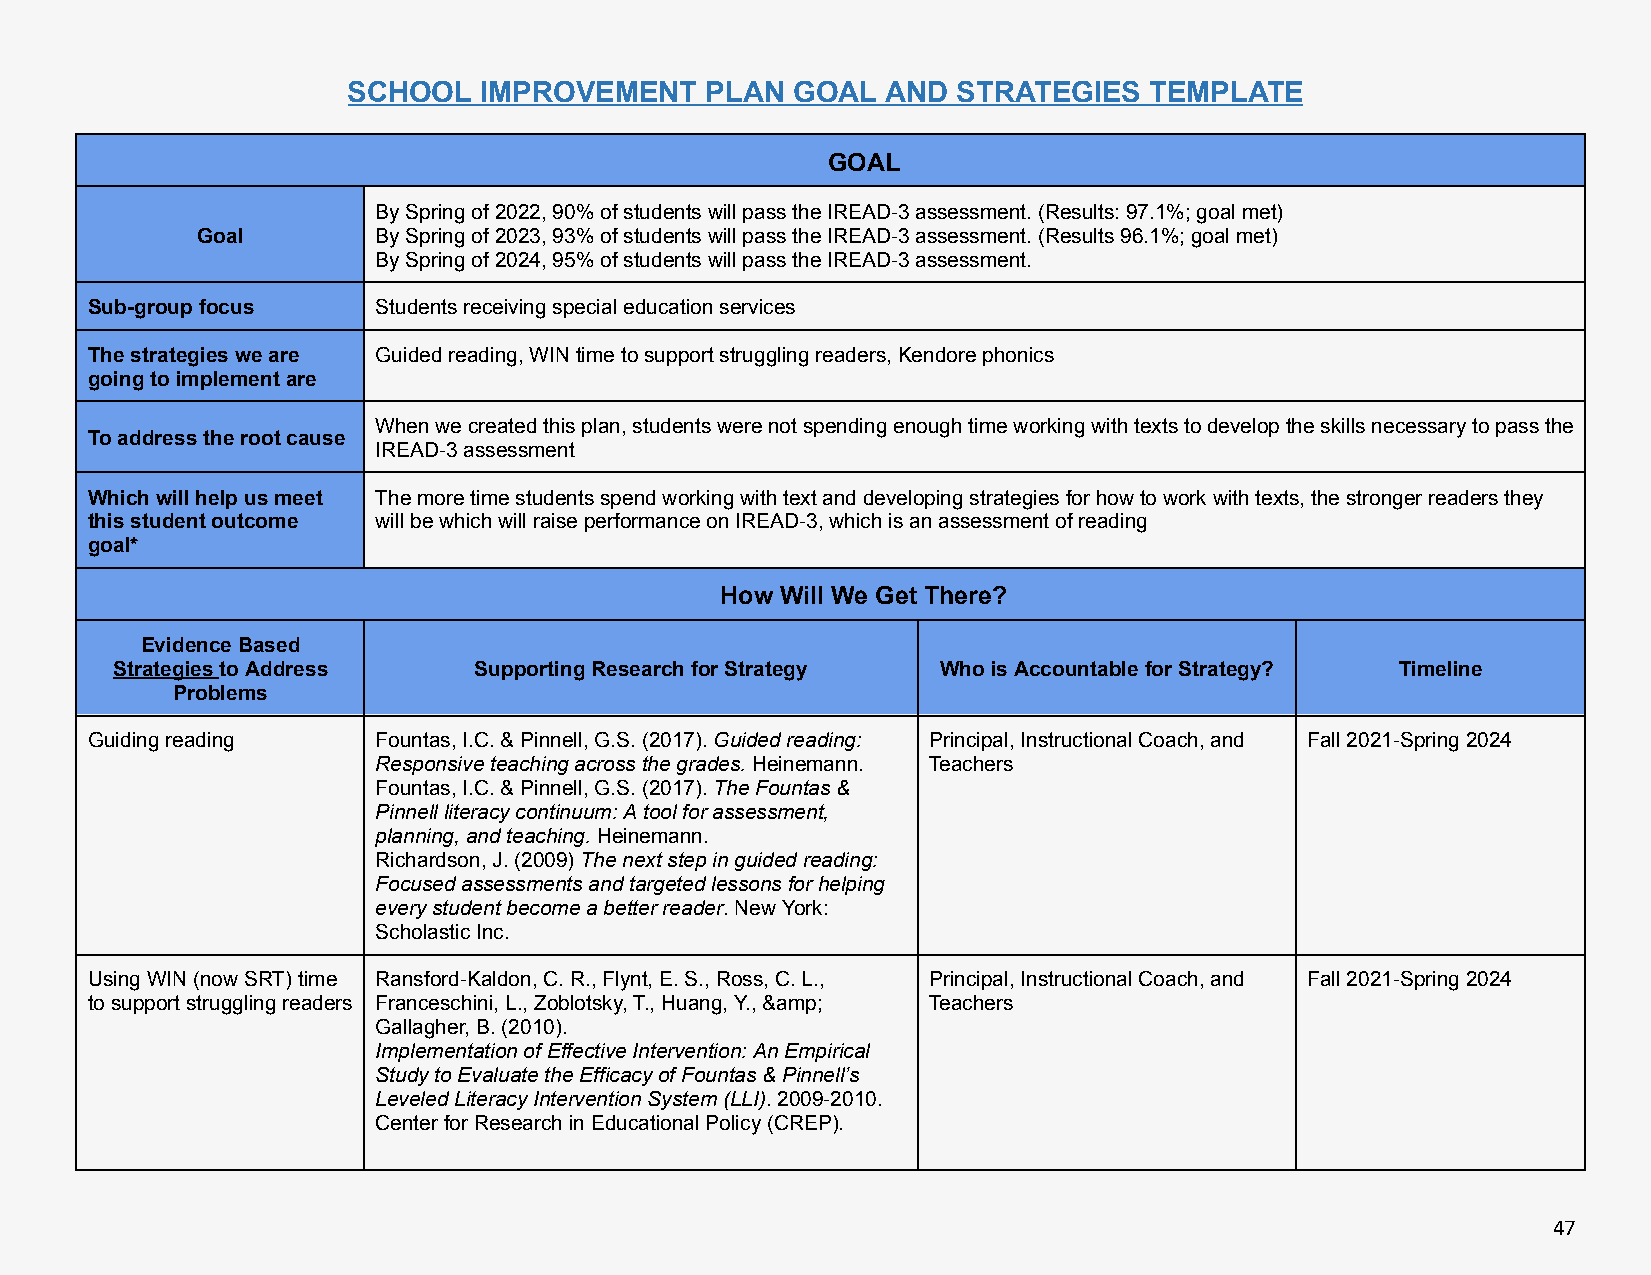
SCHOOL   IMPROVEMENT    PLAN GOAL   AND STRATEGIES   TEMPLATE
 GOAL
 BySpringof2022,90%ofstudentswillpasstheIREAD-3assessment.(Results:97.1%;goalmet)
 Goal        BySpringof2023,93%ofstudentswillpasstheIREAD-3assessment.(Results96.1%;goalmet)
 BySpringof2024,95%ofstudentswillpasstheIREAD-3assessment.
 Sub-groupfocus     Studentsreceivingspecialeducationservices
 Thestrategiesweare Guidedreading,WINtimetosupportstrugglingreaders,Kendorephonics
 goingtoimplementare
 Whenwecreatedthisplan,studentswerenotspendingenoughtimeworkingwithtextstodeveloptheskillsnecessarytopassthe
 Toaddresstherootcause
 IREAD-3assessment
 Whichwillhelpusmeet Themoretimestudentsspendworkingwithtextanddevelopingstrategiesforhowtoworkwithtexts,thestrongerreadersthey
 thisstudentoutcome willbewhichwillraiseperformanceonIREAD-3,whichisanassessmentofreading
 goal*
 How Will We Get There?
 EvidenceBased
 StrategiestoAddress     SupportingResearchforStrategy  WhoisAccountableforStrategy?   Timeline
 Problems
 Guidingreading     Fountas,I.C.&Pinnell,G.S.(2017).Guidedreading: Principal,InstructionalCoach,and Fall2021-Spring2024
 Responsiveteachingacrossthegrades.Heinemann. Teachers
 Fountas,I.C.&Pinnell,G.S.(2017).TheFountas&
 Pinnellliteracycontinuum:Atoolforassessment,
 planning,andteaching.Heinemann.
 Richardson,J.(2009)Thenextstepinguidedreading:
 Focusedassessmentsandtargetedlessonsforhelping
 everystudentbecomeabetterreader.NewYork:
 ScholasticInc.
 UsingWIN(nowSRT)time Ransford-Kaldon,C.R.,Flynt,E.S.,Ross,C.L., Principal,InstructionalCoach,and Fall2021-Spring2024
 tosupportstrugglingreaders Franceschini,L.,Zoblotsky,T.,Huang,Y.,&amp; Teachers
 Gallagher,B.(2010).
 ImplementationofEffectiveIntervention:AnEmpirical
 StudytoEvaluatetheEfficacyofFountas&Pinnell’s
 LeveledLiteracyInterventionSystem(LLI).2009-2010.
 CenterforResearchinEducationalPolicy(CREP).
 47